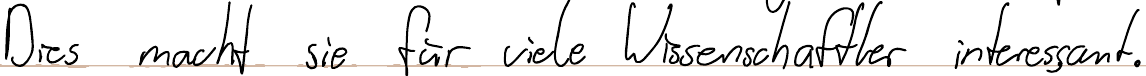
Dies macht sie für viele Wissenschaftler interessant.